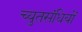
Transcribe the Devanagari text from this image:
च्युतसंधियों